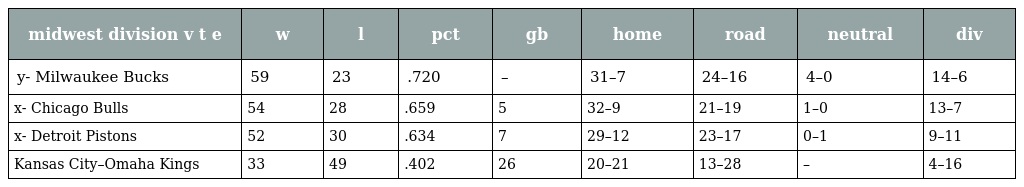
| midwest division v t e | w | l | pct | gb | home | road | neutral | div |
 | --- | --- | --- | --- | --- | --- | --- | --- | --- |
 | y- Milwaukee Bucks | 59 | 23 | .720 | – | 31–7 | 24–16 | 4–0 | 14–6 |
 | x- Chicago Bulls | 54 | 28 | .659 | 5 | 32–9 | 21–19 | 1–0 | 13–7 |
 | x- Detroit Pistons | 52 | 30 | .634 | 7 | 29–12 | 23–17 | 0–1 | 9–11 |
 | Kansas City–Omaha Kings | 33 | 49 | .402 | 26 | 20–21 | 13–28 | – | 4–16 |